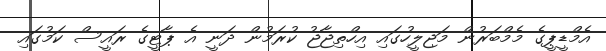
އެމްޑީޕީގެ މެމްބަރުން މަޖިލީހުގައި އިހްތިޖާޖު ކުރަމުން ދަނީ އެ ޕާޓީގެ ރައީސް ކަމުގައި